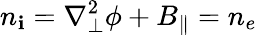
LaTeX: n_{\mathbf{i}}=\nabla_{\perp}^{2}\phi+B_{\parallel}=n_{e}